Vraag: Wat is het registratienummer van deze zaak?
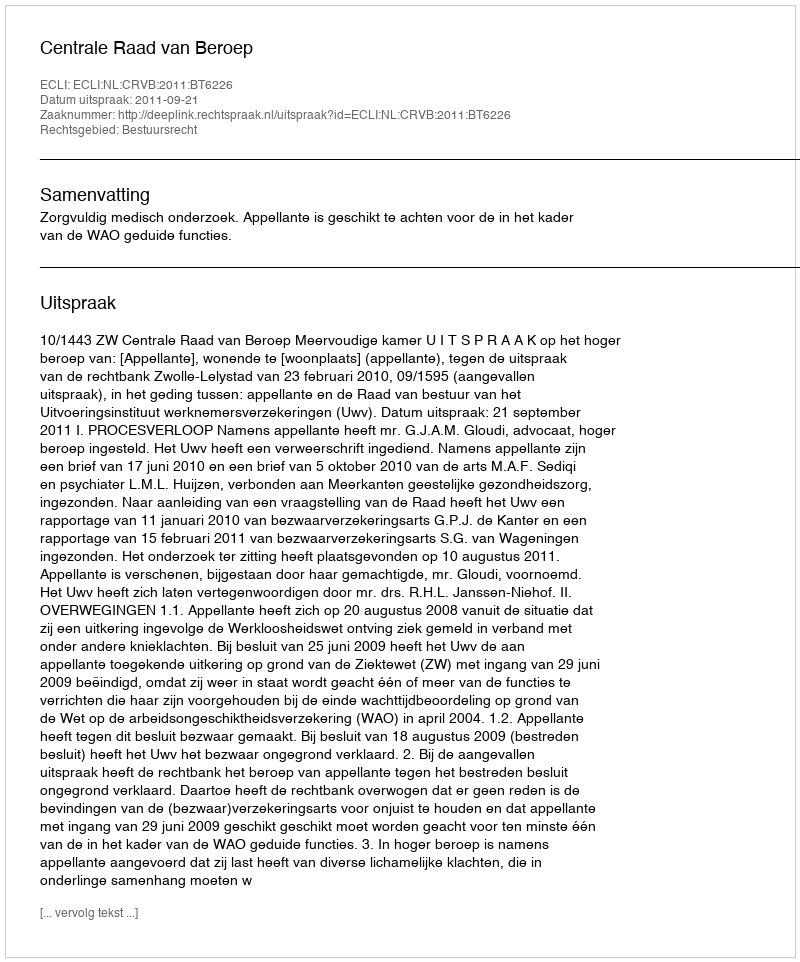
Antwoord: http://deeplink.rechtspraak.nl/uitspraak?id=ECLI:NL:CRVB:2011:BT6226